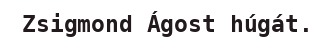
Zsigmond Ágost húgát.